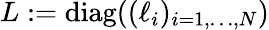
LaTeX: L:=\mathrm{diag}((\ell_{i})_{i=1,\dots,N})